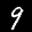
Label: 9